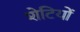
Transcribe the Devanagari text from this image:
शेटियों